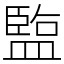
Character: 𬐱